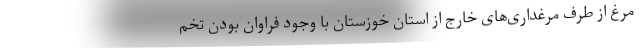
مرغ از طرف مرغداری‌های خارج از استان خوزستان با وجود فراوان بودن تخم